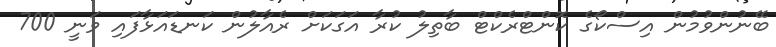
ބޭނުންވުމުން އިސްކޯގެ ކޮންޓްރެކްޓް ބާތިލު ކުރާ އަގަކަށް ރެއާލުން ކަނޑައަޅާފައި ވަނީ 700